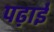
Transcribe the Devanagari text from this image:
पढ़ाईं